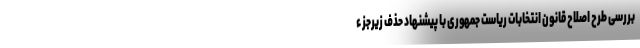
بررسی طرح اصلاح قانون انتخابات ریاست جمهوری با پیشنهاد حذف زیرجزء